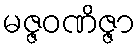
မဇ္ဇဝဏိဇ္ဇာ